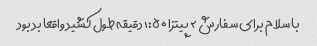
با سلام برای سفارش ۲ پیتزا ۱:۵۰ دقیقه طول کشید واقعا بد بود